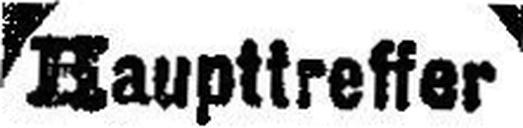
Haupttreffer